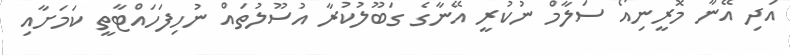
އަދި އޭނާ މޮރީނިއޯ ސަލާމް ނުކުރީ އޭނާގެ ގަބޫލުކުރާ އުސޫލުތައް ނުހިފަހައްޓާތީ ކަމަށާއި